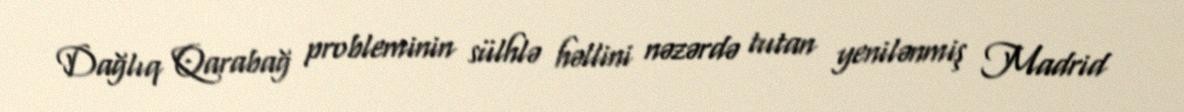
Dağlıq Qarabağ probleminin sülhlə həllini nəzərdə tutan yenilənmiş Madrid